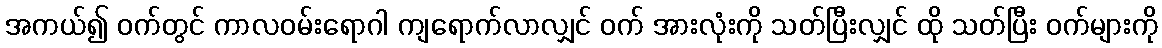
အကယ်၍ ဝက်တွင် ကာလဝမ်းရောဂါ ကျရောက်လာလျှင် ဝက် အားလုံးကို သတ်ပြီးလျှင် ထို သတ်ပြီး ဝက်များကို